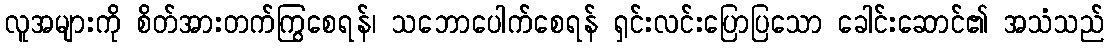
လူအများကို စိတ်အားတက်ကြွစေရန်၊ သဘောပေါက်စေရန် ရှင်းလင်းပြောပြသော ခေါင်းဆောင်၏ အသံသည်